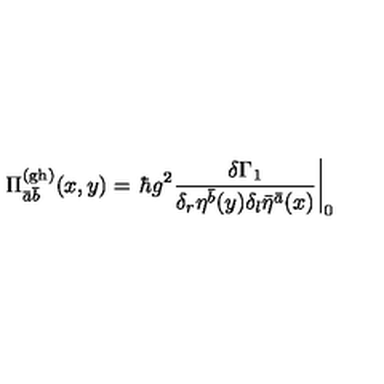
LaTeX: \Pi _ { \bar { a } \bar { b } } ^ { ( \mathrm { g h ) } } ( x , y ) = \left. \hbar g ^ { 2 } \frac { \delta \Gamma _ { 1 } } { \delta _ { r } \eta ^ { \bar { b } } ( y ) \delta _ { l } \bar { \eta } ^ { \bar { a } } ( x ) } \right| _ { 0 }